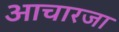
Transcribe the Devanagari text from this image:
आचारजा